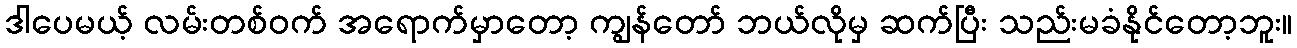
ဒါပေမယ့် လမ်းတစ်ဝက် အရောက်မှာတော့ ကျွန်တော် ဘယ်လိုမှ ဆက်ပြီး သည်းမခံနိုင်တော့ဘူး။